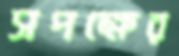
সপক্ষের